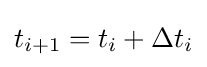
t_{i+1}=t_{i}+\Delta t_{i}